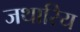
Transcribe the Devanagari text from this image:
जथारिय